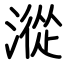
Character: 漎